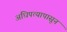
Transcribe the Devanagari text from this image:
अधिपत्यापासून